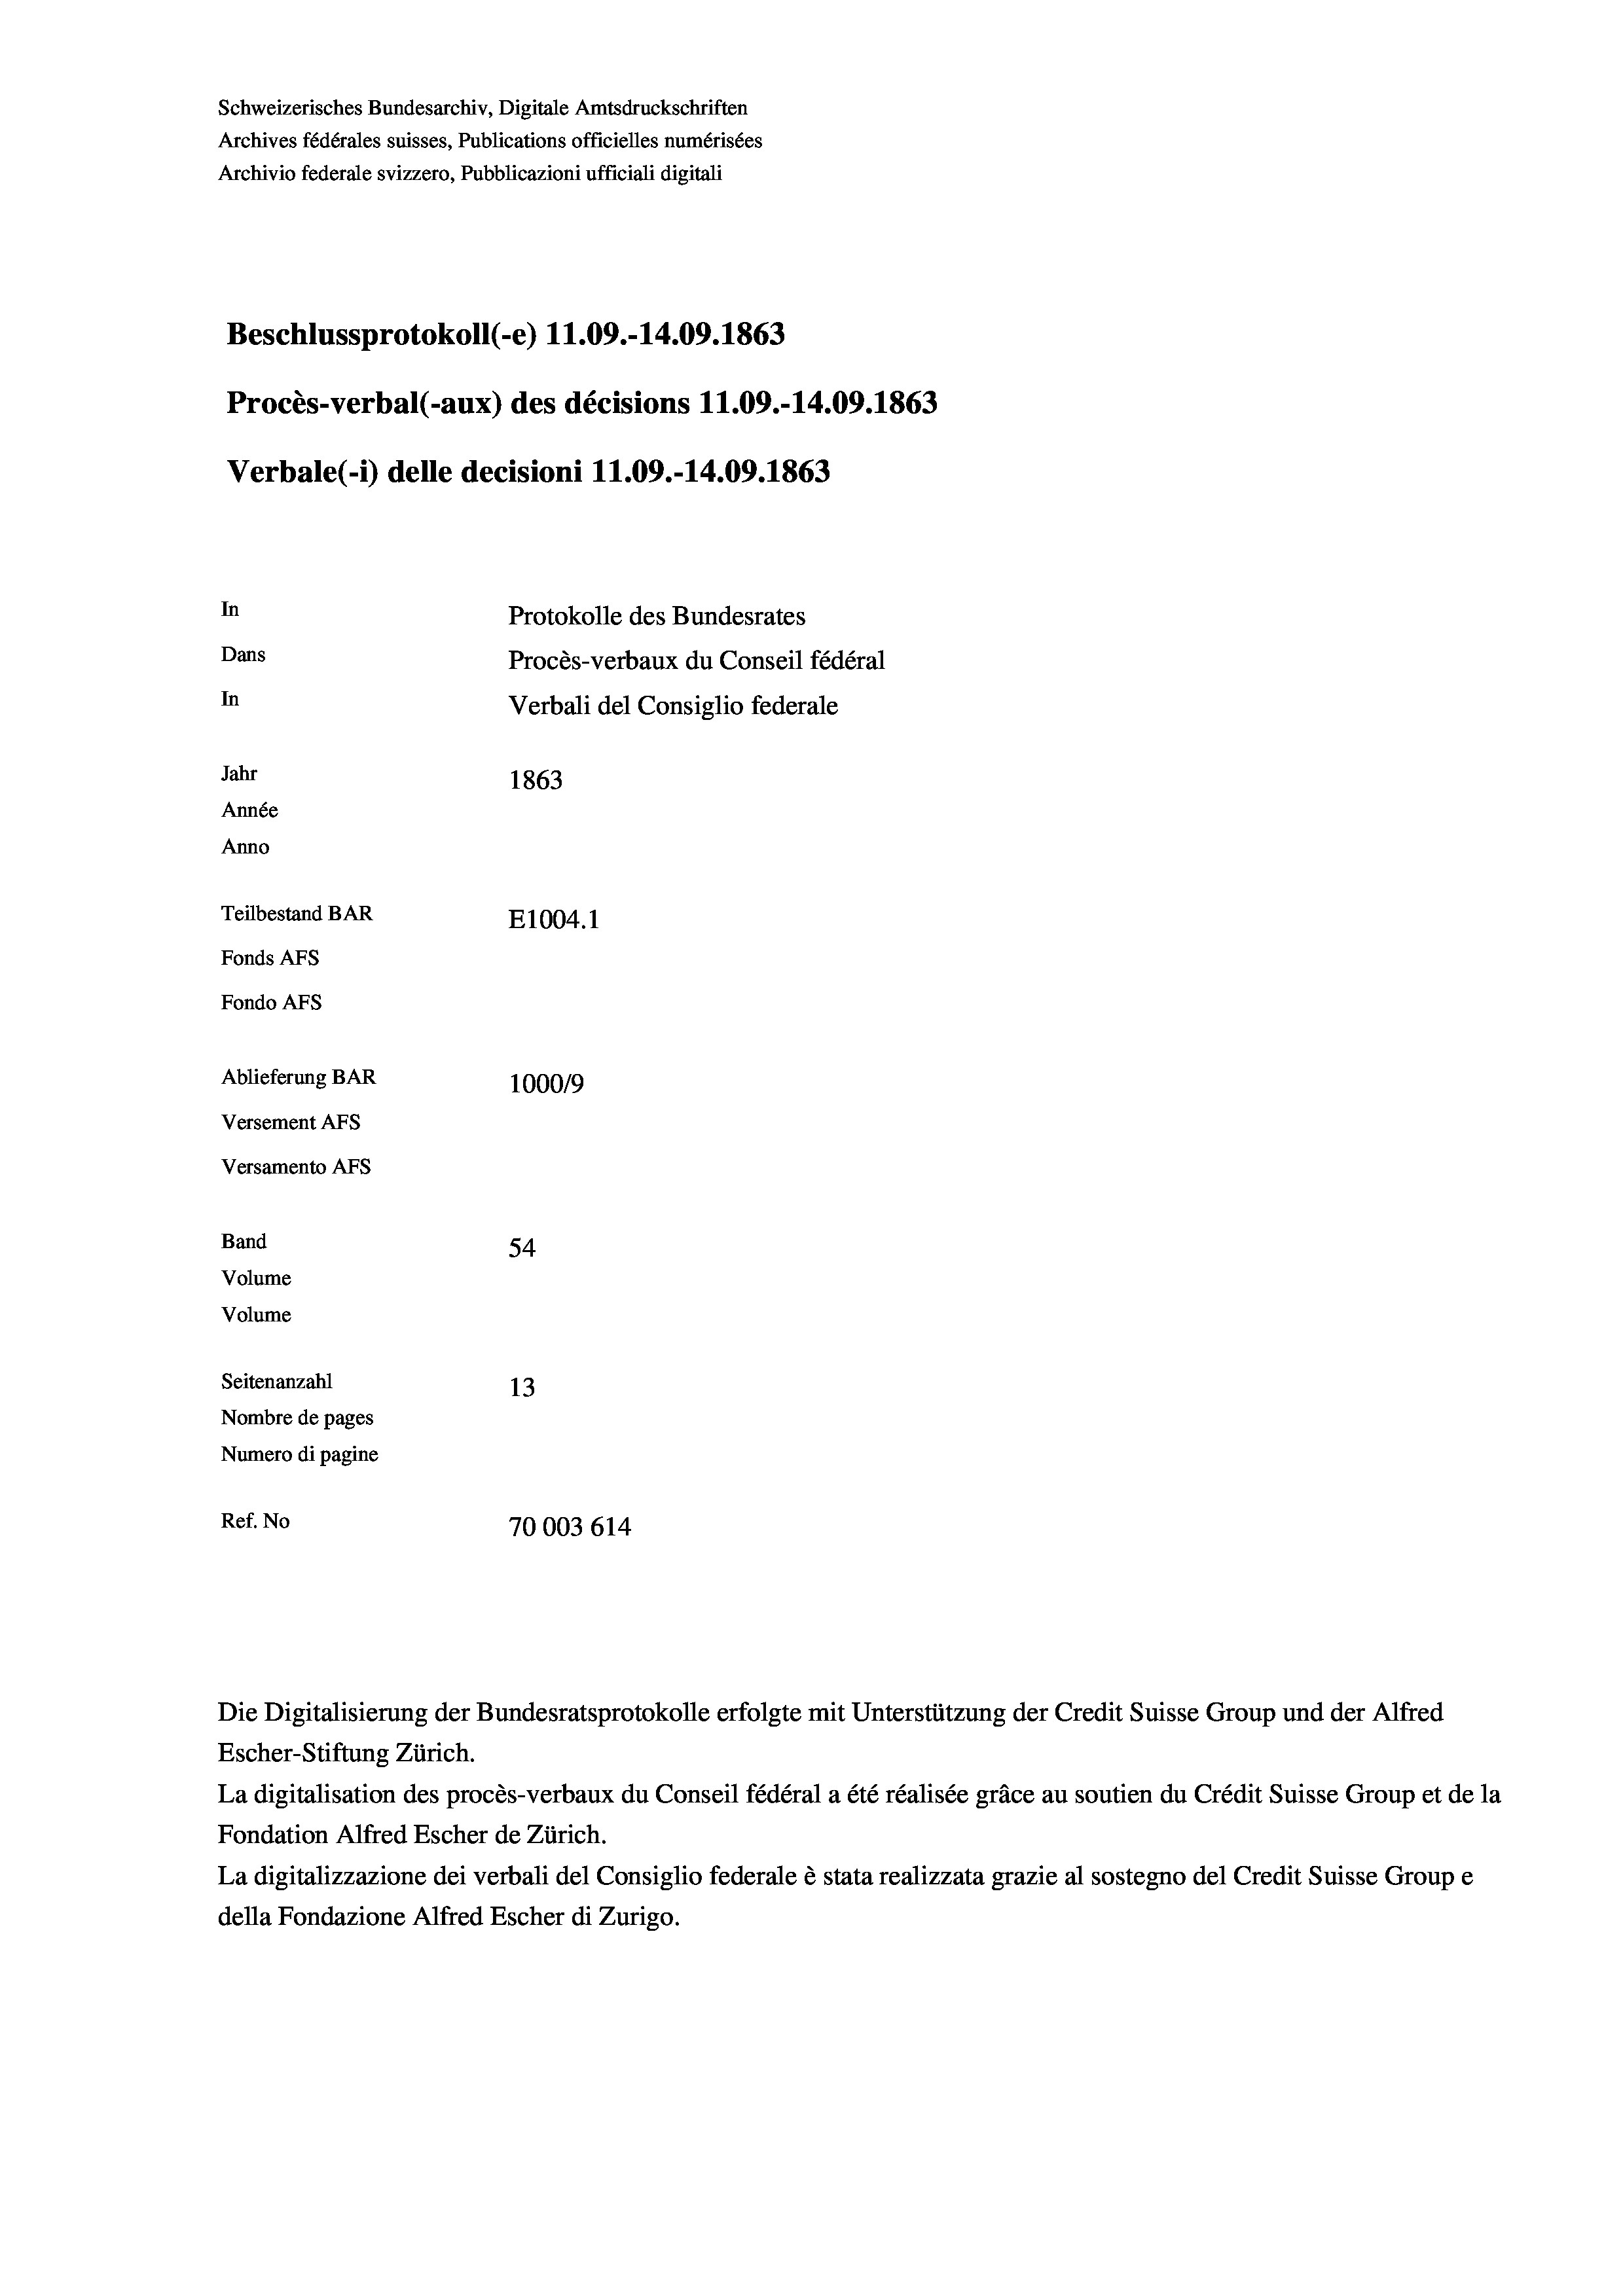
Schweizerisches Bundesarchiv, Digitale Amtsdruckschriften
Archives fédérales suisses, Publications officielles numérisées
Archivio federale svizzero, Pubblicazioni ufficiali digitali
Beschlussprotokoll (-e) 11.09.-14.09. 1863
Procès-verbal (-aux) des décisions 11.09.-14.09. 1863
Verbale (i) delle decisioni 11.09.-14.09. 1863
In
Protokolle des Bundesrates
Dans
Procès-verbaux du Conseil fédéral
In
Verbali del Consiglio federale
Jahr
1863
Année
Anno
Teilbestand BAR
E1004. 1
Fonds AFs
Fondo AFS
Ablieferung BAR
100019
Versement AFs
Versamento AFs
Band
54
Volume
Volume

Seitenanzahl
13
Nombre de pages
Numero di pagine
Ref. No
70003 614

Escher-Stiftung Zürich.
La digitalisation des procès-verbaux du Conseil fédéral a été réalisée gräce au soutien du Crédit Suisse Group et de la
Fondation Alfred Escher de Zürich.
La digitalizzazione dei verbali del Consiglio federale è stata realizzata grazie al sostegno del Credit Suisse Groupe
della Fondazione Alfred Escher di Zurigo.

Die Digitalisierung der Bundesratsprotokolle erfolgte mit Unterstützung der Credit Suisse Group und der Alfred